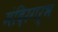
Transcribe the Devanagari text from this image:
मंदिरगर्भ